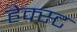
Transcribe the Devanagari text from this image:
हेक्स्ट